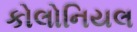
કોલોનિયલ